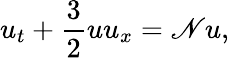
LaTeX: u_{t}+\frac{3}{2}uu_{x}=\mathscr{N}u,